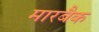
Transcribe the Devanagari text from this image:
मारबैक